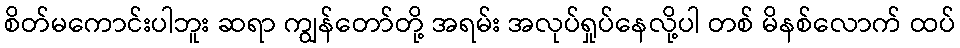
စိတ်မကောင်းပါဘူး ဆရာ ကျွန်တော်တို့ အရမ်း အလုပ်ရှုပ်နေလို့ပါ တစ် မိနစ်လောက် ထပ်